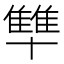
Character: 𪟻